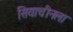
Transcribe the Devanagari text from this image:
सियाचीनला